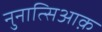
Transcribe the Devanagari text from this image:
नुनात्सिआक़